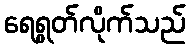
ရေရွတ်လိုက်သည်